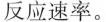
反应速率。